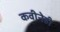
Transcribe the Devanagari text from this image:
कवीनेही